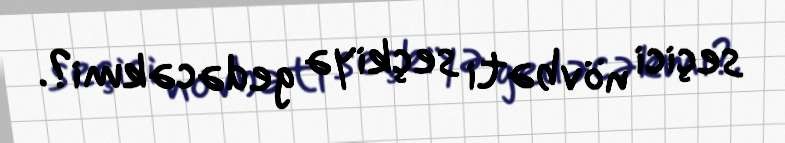
seçici növbəti seçkiyə gedəcəkmi?.